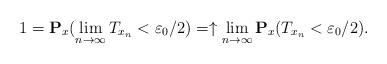
LaTeX: \begin{align*}1=\mathbf{P}_x(\lim_{n\rightarrow\infty}T_{x_n}<\varepsilon_0/2)=\uparrow \lim_{n\rightarrow \infty}\mathbf{P}_x(T_{x_n}<\varepsilon_0/2). \end{align*}